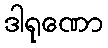
ဒါရုဏော